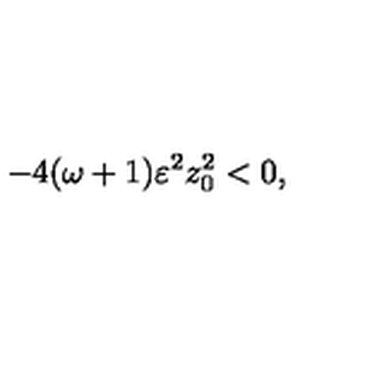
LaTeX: - 4 ( \omega + 1 ) \varepsilon ^ { 2 } z _ { 0 } ^ { 2 } < 0 ,